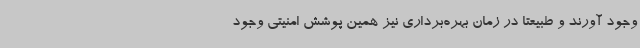
وجود آورند و طبیعتا در زمان بهره‌برداری نیز همین پوشش امنیتی وجود